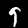
Label: 9